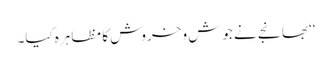
‘‘ بھانجے نے جوش و خروش کا مظاہرہ کیا۔